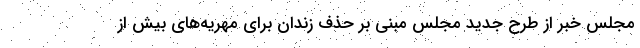
مجلس خبر از طرح جدید مجلس مبنی بر حذف زندان برای مهریه‌های بیش از